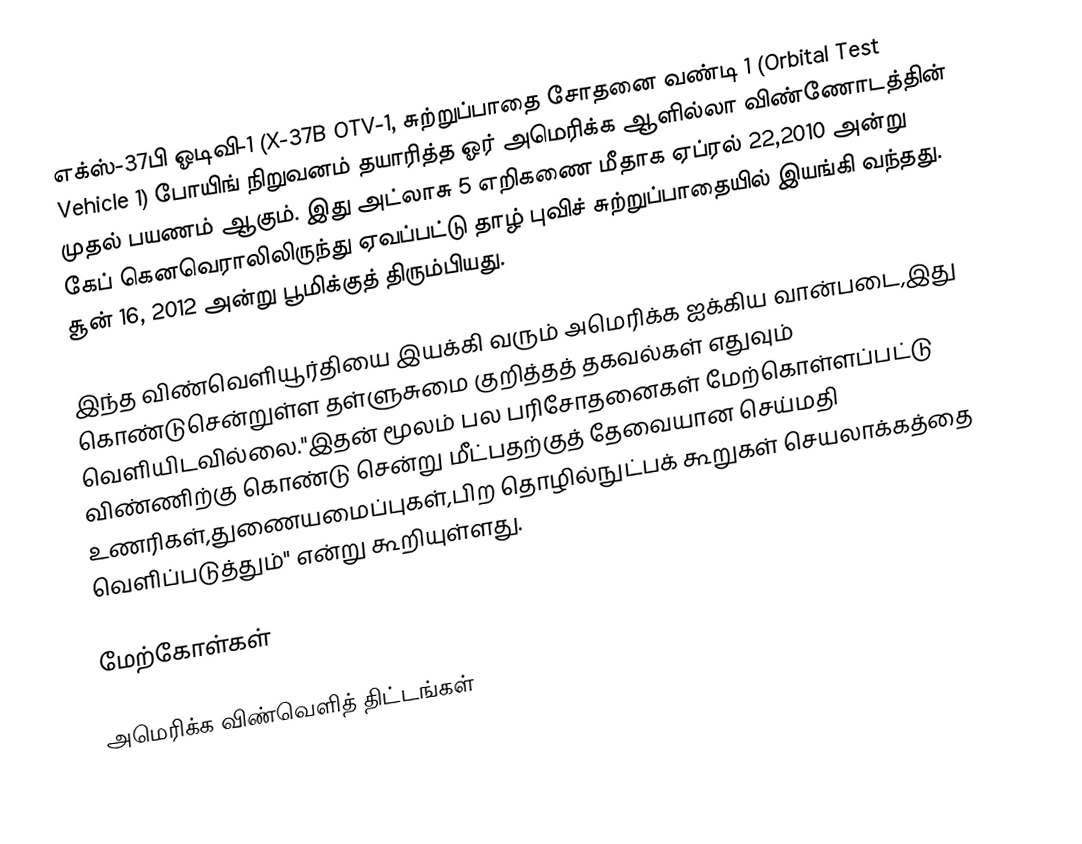
எக்ஸ்-37பி ஓடிவி-1 (X-37B OTV-1, சுற்றுப்பாதை சோதனை வண்டி 1 (Orbital Test Vehicle 1) போயிங் நிறுவனம் தயாரித்த ஓர் அமெரிக்க ஆளில்லா விண்ணோடத்தின் முதல் பயணம் ஆகும். இது அட்லாசு 5 எறிகணை மீதாக ஏப்ரல் 22,2010 அன்று கேப் கெனவெராலிலிருந்து ஏவப்பட்டு தாழ் புவிச் சுற்றுப்பாதையில் இயங்கி வந்தது.  சூன் 16, 2012 அன்று பூமிக்குத் திரும்பியது.

இந்த விண்வெளியூர்தியை இயக்கி வரும் அமெரிக்க ஐக்கிய வான்படை,இது கொண்டுசென்றுள்ள தள்ளுசுமை குறித்தத் தகவல்கள் எதுவும் வெளியிடவில்லை."இதன் மூலம் பல பரிசோதனைகள் மேற்கொள்ளப்பட்டு விண்ணிற்கு கொண்டு சென்று மீட்பதற்குத் தேவையான செய்மதி உணரிகள்,துணையமைப்புகள்,பிற தொழில்நுட்பக் கூறுகள் செயலாக்கத்தை வெளிப்படுத்தும்" என்று கூறியுள்ளது.

மேற்கோள்கள்

அமெரிக்க விண்வெளித் திட்டங்கள்